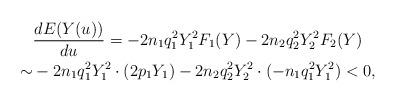
LaTeX: \begin{align*}& \frac{d E(Y(u))}{du} =-2n_1 q_1^2 Y_1^2 F_1(Y) - 2n_2 q_2^2 Y_2^2 F_2(Y) \\ \sim & -2n_1q_1^2 Y_1^2 \cdot (2p_1Y_1)-2n_2q_2^2Y_2^2 \cdot (-n_1q_1^2Y_1^2) < 0,\end{align*}